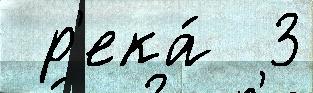
 р'ека́  3